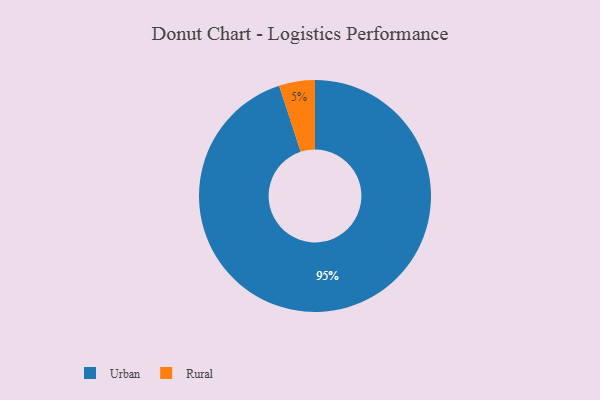
{"axis": {"x": "Category", "y": "Percentage"}, "legend": ["Rural", "Urban"], "data": [{"x": "Urban", "y": 95, "type": "Urban"}, {"x": "Rural", "y": 5, "type": "Rural"}]}